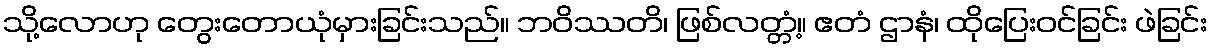
သို့လောဟု တွေးတောယုံမှားခြင်းသည်။ ဘဝိဿတိ၊ ဖြစ်လတ္တံ့။ ဧတံ ဌာနံ၊ ထိုပြေးဝင်ခြင်း ဖဲခြင်း